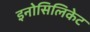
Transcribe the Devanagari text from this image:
इनोसिलिकेट